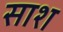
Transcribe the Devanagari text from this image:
साश